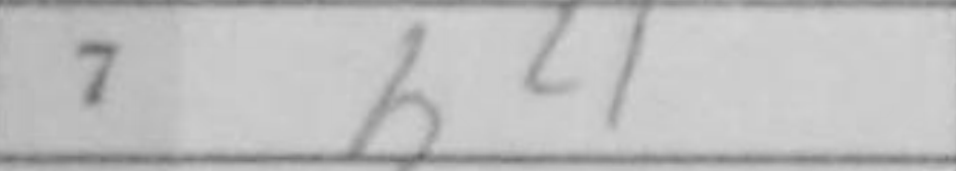
Transcription: h4